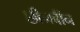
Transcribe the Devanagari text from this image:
छीनबीन